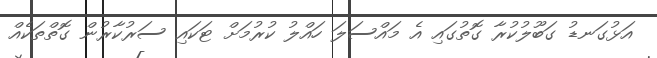
އަޅުގަނޑު ގަބޫލުކުރާ ގޮތުގައި އެ މައްސަލަ ހައްލު ކުރުމަށް ޓަކައި ސަރުކާރުން ގޮތްތަކެއް